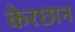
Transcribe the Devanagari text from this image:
केरछान